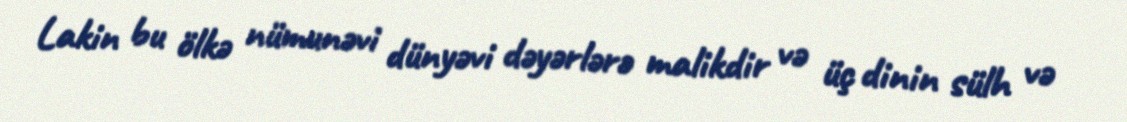
Lakin bu ölkə nümunəvi dünyəvi dəyərlərə malikdir və üç dinin sülh və